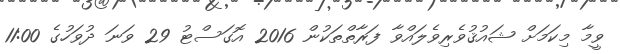
ވީމާ މިކަމަށް ޝައުޤުވެރިވެލައްވާ ފަރާތްތަކުން 2016 އޮގަސްޓު 29 ވަނަ ދުވަހުގެ 11:00